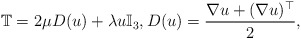
\begin{align*}\mathbb{T}=2\mu D(u)+\lambda u \mathbb{I}_3,D(u)=\frac{\nabla u+(\nabla u)^\top}{2},\end{align*}